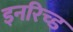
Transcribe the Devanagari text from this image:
इनरिच्ड